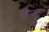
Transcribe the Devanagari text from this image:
शिमला।